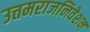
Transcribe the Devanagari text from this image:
उत्तमराजनिवेशन